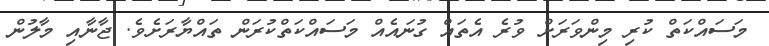
މަސައްކަތް ކުރި މިންވަރަށް ވުރެ އެތައް ގުނައެއް މަސައްކަތްކުރަން ތައްޔާރަށެވެ. ޖާނާއި މާލުން